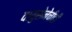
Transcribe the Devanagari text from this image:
वायुसेनेचीही